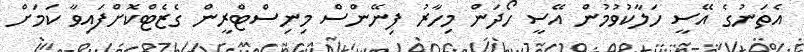
އެތަނުގެ އޭސީ ހަލާކުވުމުން އޭސީ ހޯދަން މިހާރު ފިނޭންސް މިނިސްޓްރީން ގެޒެޓްކޮށްފައިވާ ކަމަށް